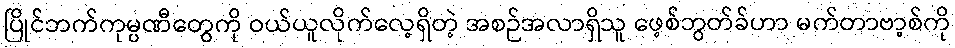
ပြိုင်ဘက်ကုမ္ပဏီတွေကို ဝယ်ယူလိုက်လေ့ရှိတဲ့ အစဉ်အလာရှိသူ ဖေ့စ်ဘွတ်ခ်ဟာ မက်တာဗာ့စ်ကို